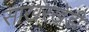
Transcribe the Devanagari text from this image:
साखरखेडी